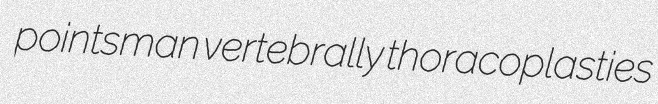
pointsman vertebrally thoracoplasties